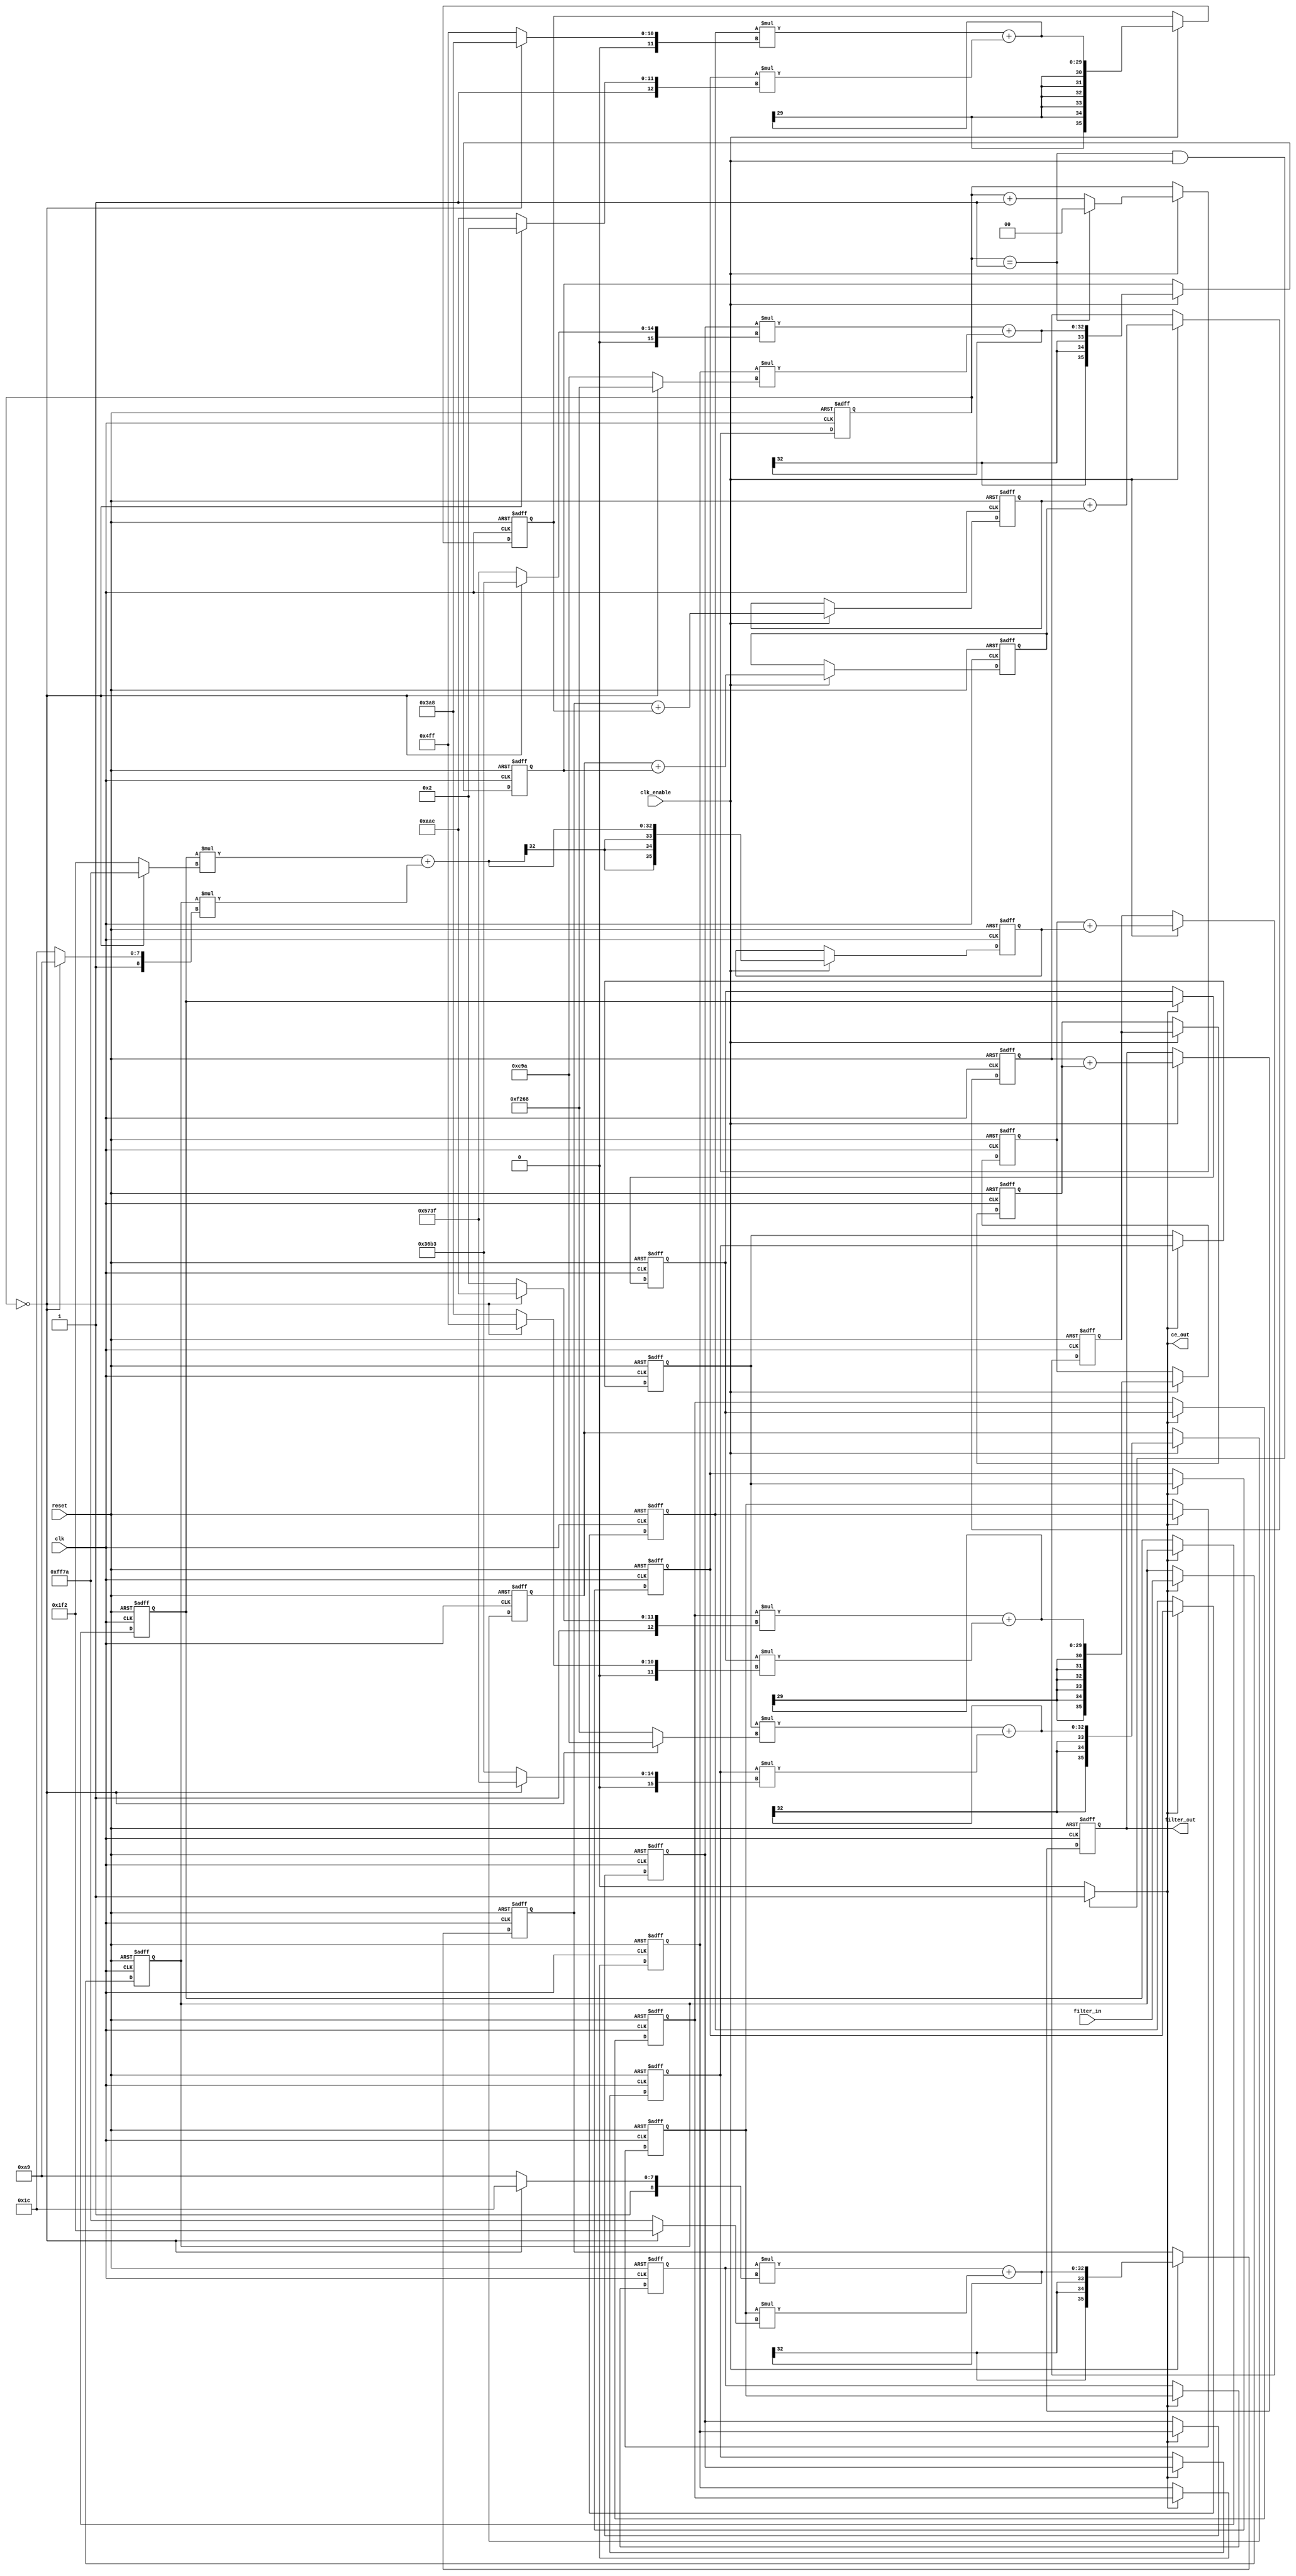
// -------------------------------------------------------------
//
// Module: fir_interp
// Generated by MATLAB(R) 9.0 and the Filter Design HDL Coder 3.0.
// Generated on: 2016-07-05 15:54:12
// -------------------------------------------------------------

// -------------------------------------------------------------
// HDL Code Generation Options:
//
// FIRAdderStyle: tree
// OptimizeForHDL: on
// EDAScriptGeneration: off
// AddPipelineRegisters: on
// Name: fir_interp
// TargetLanguage: Verilog
// TestBenchName: fo_copy_tb
// TestBenchStimulus: step ramp chirp noise
// GenerateHDLTestBench: off

// -------------------------------------------------------------
// HDL Implementation    : Fully parallel
// Multipliers           : 12
// Folding Factor        : 1
// -------------------------------------------------------------
// Filter Settings:
//
// Discrete-Time FIR Multirate Filter (real)
// -----------------------------------------
// Filter Structure      : Direct-Form FIR Polyphase Interpolator
// Interpolation Factor  : 2
// Polyphase Length      : 12
// Filter Length         : 24
// Stable                : Yes
// Linear Phase          : Yes (Type 2)
//
// Arithmetic            : fixed
// Numerator             : s16,15 -> [-1 1)
// -------------------------------------------------------------

`timescale 1 ns / 1 ns

module fir_interp (
  input  clk,
  input  clk_enable,
  input  reset,
  input  signed [15:0] filter_in, //sfix16_En15
  output signed [35:0] filter_out, //sfix36_En30
  output ce_out
);

////////////////////////////////////////////////////////////////
//Module Architecture: fir_interp
////////////////////////////////////////////////////////////////
  // Local Functions
  // Type Definitions
  // Constants
  parameter signed [15:0] coeffphase1_1 = 16'b1111111110101001; //sfix16_En15
  parameter signed [15:0] coeffphase1_2 = 16'b1111111101111010; //sfix16_En15
  parameter signed [15:0] coeffphase1_3 = 16'b0000010011111111; //sfix16_En15
  parameter signed [15:0] coeffphase1_4 = 16'b1111101010101110; //sfix16_En15
  parameter signed [15:0] coeffphase1_5 = 16'b1111001001101000; //sfix16_En15
  parameter signed [15:0] coeffphase1_6 = 16'b0011011010110011; //sfix16_En15
  parameter signed [15:0] coeffphase1_7 = 16'b0101011100111111; //sfix16_En15
  parameter signed [15:0] coeffphase1_8 = 16'b0000110010011010; //sfix16_En15
  parameter signed [15:0] coeffphase1_9 = 16'b1111000000000010; //sfix16_En15
  parameter signed [15:0] coeffphase1_10 = 16'b0000001110101000; //sfix16_En15
  parameter signed [15:0] coeffphase1_11 = 16'b0000000111110010; //sfix16_En15
  parameter signed [15:0] coeffphase1_12 = 16'b1111111100011100; //sfix16_En15
  parameter signed [15:0] coeffphase2_1 = 16'b1111111100011100; //sfix16_En15
  parameter signed [15:0] coeffphase2_2 = 16'b0000000111110010; //sfix16_En15
  parameter signed [15:0] coeffphase2_3 = 16'b0000001110101000; //sfix16_En15
  parameter signed [15:0] coeffphase2_4 = 16'b1111000000000010; //sfix16_En15
  parameter signed [15:0] coeffphase2_5 = 16'b0000110010011010; //sfix16_En15
  parameter signed [15:0] coeffphase2_6 = 16'b0101011100111111; //sfix16_En15
  parameter signed [15:0] coeffphase2_7 = 16'b0011011010110011; //sfix16_En15
  parameter signed [15:0] coeffphase2_8 = 16'b1111001001101000; //sfix16_En15
  parameter signed [15:0] coeffphase2_9 = 16'b1111101010101110; //sfix16_En15
  parameter signed [15:0] coeffphase2_10 = 16'b0000010011111111; //sfix16_En15
  parameter signed [15:0] coeffphase2_11 = 16'b1111111101111010; //sfix16_En15
  parameter signed [15:0] coeffphase2_12 = 16'b1111111110101001; //sfix16_En15

  // Signals
  reg  [1:0] cur_count = 0; // ufix2
  wire phase_1; // boolean
  reg  signed [15:0] delay_pipeline [0:11]; // sfix16_En15
  wire signed [31:0] product; // sfix32_En30
  wire signed [15:0] product_mux; // sfix16_En15
  wire signed [31:0] product_1; // sfix32_En30
  wire signed [15:0] product_mux_1; // sfix16_En15
  wire signed [31:0] product_2; // sfix32_En30
  wire signed [15:0] product_mux_2; // sfix16_En15
  wire signed [31:0] product_3; // sfix32_En30
  wire signed [15:0] product_mux_3; // sfix16_En15
  wire signed [31:0] product_4; // sfix32_En30
  wire signed [15:0] product_mux_4; // sfix16_En15
  wire signed [31:0] product_5; // sfix32_En30
  wire signed [15:0] product_mux_5; // sfix16_En15
  wire signed [31:0] product_6; // sfix32_En30
  wire signed [15:0] product_mux_6; // sfix16_En15
  wire signed [31:0] product_7; // sfix32_En30
  wire signed [15:0] product_mux_7; // sfix16_En15
  wire signed [31:0] product_8; // sfix32_En30
  wire signed [15:0] product_mux_8; // sfix16_En15
  wire signed [31:0] product_9; // sfix32_En30
  wire signed [15:0] product_mux_9; // sfix16_En15
  wire signed [31:0] product_10; // sfix32_En30
  wire signed [15:0] product_mux_10; // sfix16_En15
  wire signed [31:0] product_11; // sfix32_En30
  wire signed [15:0] product_mux_11; // sfix16_En15
  wire signed [35:0] sumvector1 [0:5] ; // sfix36_En30
  wire signed [31:0] add_signext; // sfix32_En30
  wire signed [31:0] add_signext_1; // sfix32_En30
  wire signed [32:0] add_temp; // sfix33_En30
  wire signed [31:0] add_signext_2; // sfix32_En30
  wire signed [31:0] add_signext_3; // sfix32_En30
  wire signed [32:0] add_temp_1; // sfix33_En30
  wire signed [31:0] add_signext_4; // sfix32_En30
  wire signed [31:0] add_signext_5; // sfix32_En30
  wire signed [32:0] add_temp_2; // sfix33_En30
  wire signed [31:0] add_signext_6; // sfix32_En30
  wire signed [31:0] add_signext_7; // sfix32_En30
  wire signed [32:0] add_temp_3; // sfix33_En30
  wire signed [31:0] add_signext_8; // sfix32_En30
  wire signed [31:0] add_signext_9; // sfix32_En30
  wire signed [32:0] add_temp_4; // sfix33_En30
  wire signed [31:0] add_signext_10; // sfix32_En30
  wire signed [31:0] add_signext_11; // sfix32_En30
  wire signed [32:0] add_temp_5; // sfix33_En30
  reg  signed [35:0] sumdelay_pipeline1 [0:5]; // sfix36_En30
  wire signed [35:0] sumvector2 [0:2] ; // sfix36_En30
  wire signed [35:0] add_signext_12; // sfix36_En30
  wire signed [35:0] add_signext_13; // sfix36_En30
  wire signed [36:0] add_temp_6; // sfix37_En30
  wire signed [35:0] add_signext_14; // sfix36_En30
  wire signed [35:0] add_signext_15; // sfix36_En30
  wire signed [36:0] add_temp_7; // sfix37_En30
  wire signed [35:0] add_signext_16; // sfix36_En30
  wire signed [35:0] add_signext_17; // sfix36_En30
  wire signed [36:0] add_temp_8; // sfix37_En30
  reg  signed [35:0] sumdelay_pipeline2 [0:2]; // sfix36_En30
  wire signed [35:0] sumvector3 [0:1] ; // sfix36_En30
  wire signed [35:0] add_signext_18; // sfix36_En30
  wire signed [35:0] add_signext_19; // sfix36_En30
  wire signed [36:0] add_temp_9; // sfix37_En30
  reg  signed [35:0] sumdelay_pipeline3 [0:1]; // sfix36_En30
  wire signed [35:0] sum4; // sfix36_En30
  wire signed [35:0] add_signext_20; // sfix36_En30
  wire signed [35:0] add_signext_21; // sfix36_En30
  wire signed [36:0] add_temp_10; // sfix37_En30
  reg  signed [35:0] output_register = 0; // sfix36_En30

  // Block Statements
  always @ (posedge clk or posedge reset)
    begin: ce_output
      if (reset == 1'b1) begin
        cur_count <= 2'b00;
      end
      else begin
        if (clk_enable == 1'b1) begin
          if (cur_count == 2'b01) begin
            cur_count <= 2'b00;
          end
          else begin
            cur_count <= cur_count + 1;
          end
        end
      end
    end // ce_output

  assign  phase_1 = (cur_count == 2'b01 && clk_enable == 1'b1)? 1 : 0;

  //   ---------------- Delay Registers ----------------

  always @( posedge clk or posedge reset)
    begin: Delay_Pipeline_process
      if (reset == 1'b1) begin
        delay_pipeline[0] <= 0;
        delay_pipeline[1] <= 0;
        delay_pipeline[2] <= 0;
        delay_pipeline[3] <= 0;
        delay_pipeline[4] <= 0;
        delay_pipeline[5] <= 0;
        delay_pipeline[6] <= 0;
        delay_pipeline[7] <= 0;
        delay_pipeline[8] <= 0;
        delay_pipeline[9] <= 0;
        delay_pipeline[10] <= 0;
        delay_pipeline[11] <= 0;
      end
      else begin
        if (phase_1 == 1'b1) begin
          delay_pipeline[0] <= filter_in;
          delay_pipeline[1] <= delay_pipeline[0];
          delay_pipeline[2] <= delay_pipeline[1];
          delay_pipeline[3] <= delay_pipeline[2];
          delay_pipeline[4] <= delay_pipeline[3];
          delay_pipeline[5] <= delay_pipeline[4];
          delay_pipeline[6] <= delay_pipeline[5];
          delay_pipeline[7] <= delay_pipeline[6];
          delay_pipeline[8] <= delay_pipeline[7];
          delay_pipeline[9] <= delay_pipeline[8];
          delay_pipeline[10] <= delay_pipeline[9];
          delay_pipeline[11] <= delay_pipeline[10];
        end
      end
    end // Delay_Pipeline_process

  assign product_mux = (cur_count == 2'b00) ? coeffphase1_12 :
                      coeffphase2_12;
  assign product = delay_pipeline[11] * product_mux;

  assign product_mux_1 = (cur_count == 2'b00) ? coeffphase1_11 :
                        coeffphase2_11;
  assign product_1 = delay_pipeline[10] * product_mux_1;

  assign product_mux_2 = (cur_count == 2'b00) ? coeffphase1_10 :
                        coeffphase2_10;
  assign product_2 = delay_pipeline[9] * product_mux_2;

  assign product_mux_3 = (cur_count == 2'b00) ? coeffphase1_9 :
                        coeffphase2_9;
  assign product_3 = delay_pipeline[8] * product_mux_3;

  assign product_mux_4 = (cur_count == 2'b00) ? coeffphase1_8 :
                        coeffphase2_8;
  assign product_4 = delay_pipeline[7] * product_mux_4;

  assign product_mux_5 = (cur_count == 2'b00) ? coeffphase1_7 :
                        coeffphase2_7;
  assign product_5 = delay_pipeline[6] * product_mux_5;

  assign product_mux_6 = (cur_count == 2'b00) ? coeffphase1_6 :
                        coeffphase2_6;
  assign product_6 = delay_pipeline[5] * product_mux_6;

  assign product_mux_7 = (cur_count == 2'b00) ? coeffphase1_5 :
                        coeffphase2_5;
  assign product_7 = delay_pipeline[4] * product_mux_7;

  assign product_mux_8 = (cur_count == 2'b00) ? coeffphase1_4 :
                        coeffphase2_4;
  assign product_8 = delay_pipeline[3] * product_mux_8;

  assign product_mux_9 = (cur_count == 2'b00) ? coeffphase1_3 :
                        coeffphase2_3;
  assign product_9 = delay_pipeline[2] * product_mux_9;

  assign product_mux_10 = (cur_count == 2'b00) ? coeffphase1_2 :
                         coeffphase2_2;
  assign product_10 = delay_pipeline[1] * product_mux_10;

  assign product_mux_11 = (cur_count == 2'b00) ? coeffphase1_1 :
                         coeffphase2_1;
  assign product_11 = delay_pipeline[0] * product_mux_11;

  assign add_signext = product;
  assign add_signext_1 = product_1;
  assign add_temp = add_signext + add_signext_1;
  assign sumvector1[0] = $signed({{3{add_temp[32]}}, add_temp});

  assign add_signext_2 = product_2;
  assign add_signext_3 = product_3;
  assign add_temp_1 = add_signext_2 + add_signext_3;
  assign sumvector1[1] = $signed({{3{add_temp_1[32]}}, add_temp_1});

  assign add_signext_4 = product_4;
  assign add_signext_5 = product_5;
  assign add_temp_2 = add_signext_4 + add_signext_5;
  assign sumvector1[2] = $signed({{3{add_temp_2[32]}}, add_temp_2});

  assign add_signext_6 = product_6;
  assign add_signext_7 = product_7;
  assign add_temp_3 = add_signext_6 + add_signext_7;
  assign sumvector1[3] = $signed({{3{add_temp_3[32]}}, add_temp_3});

  assign add_signext_8 = product_8;
  assign add_signext_9 = product_9;
  assign add_temp_4 = add_signext_8 + add_signext_9;
  assign sumvector1[4] = $signed({{3{add_temp_4[32]}}, add_temp_4});

  assign add_signext_10 = product_10;
  assign add_signext_11 = product_11;
  assign add_temp_5 = add_signext_10 + add_signext_11;
  assign sumvector1[5] = $signed({{3{add_temp_5[32]}}, add_temp_5});

  always @ (posedge clk or posedge reset)
    begin: sumdelay_pipeline_process1
      if (reset == 1'b1) begin
        sumdelay_pipeline1[0] <= 0;
        sumdelay_pipeline1[1] <= 0;
        sumdelay_pipeline1[2] <= 0;
        sumdelay_pipeline1[3] <= 0;
        sumdelay_pipeline1[4] <= 0;
        sumdelay_pipeline1[5] <= 0;
      end
      else begin
        if (clk_enable == 1'b1) begin
          sumdelay_pipeline1[0] <= sumvector1[0];
          sumdelay_pipeline1[1] <= sumvector1[1];
          sumdelay_pipeline1[2] <= sumvector1[2];
          sumdelay_pipeline1[3] <= sumvector1[3];
          sumdelay_pipeline1[4] <= sumvector1[4];
          sumdelay_pipeline1[5] <= sumvector1[5];
        end
      end
    end // sumdelay_pipeline_process1

  assign add_signext_12 = sumdelay_pipeline1[0];
  assign add_signext_13 = sumdelay_pipeline1[1];
  assign add_temp_6 = add_signext_12 + add_signext_13;
  assign sumvector2[0] = add_temp_6[35:0];

  assign add_signext_14 = sumdelay_pipeline1[2];
  assign add_signext_15 = sumdelay_pipeline1[3];
  assign add_temp_7 = add_signext_14 + add_signext_15;
  assign sumvector2[1] = add_temp_7[35:0];

  assign add_signext_16 = sumdelay_pipeline1[4];
  assign add_signext_17 = sumdelay_pipeline1[5];
  assign add_temp_8 = add_signext_16 + add_signext_17;
  assign sumvector2[2] = add_temp_8[35:0];

  always @ (posedge clk or posedge reset)
    begin: sumdelay_pipeline_process2
      if (reset == 1'b1) begin
        sumdelay_pipeline2[0] <= 0;
        sumdelay_pipeline2[1] <= 0;
        sumdelay_pipeline2[2] <= 0;
      end
      else begin
        if (clk_enable == 1'b1) begin
          sumdelay_pipeline2[0] <= sumvector2[0];
          sumdelay_pipeline2[1] <= sumvector2[1];
          sumdelay_pipeline2[2] <= sumvector2[2];
        end
      end
    end // sumdelay_pipeline_process2

  assign add_signext_18 = sumdelay_pipeline2[0];
  assign add_signext_19 = sumdelay_pipeline2[1];
  assign add_temp_9 = add_signext_18 + add_signext_19;
  assign sumvector3[0] = add_temp_9[35:0];

  assign sumvector3[1] = sumdelay_pipeline2[2];

  always @ (posedge clk or posedge reset)
    begin: sumdelay_pipeline_process3
      if (reset == 1'b1) begin
        sumdelay_pipeline3[0] <= 0;
        sumdelay_pipeline3[1] <= 0;
      end
      else begin
        if (clk_enable == 1'b1) begin
          sumdelay_pipeline3[0] <= sumvector3[0];
          sumdelay_pipeline3[1] <= sumvector3[1];
        end
      end
    end // sumdelay_pipeline_process3

  assign add_signext_20 = sumdelay_pipeline3[0];
  assign add_signext_21 = sumdelay_pipeline3[1];
  assign add_temp_10 = add_signext_20 + add_signext_21;
  assign sum4 = add_temp_10[35:0];

  always @ (posedge clk or posedge reset)
    begin: Output_Register_process
      if (reset == 1'b1) begin
        output_register <= 0;
      end
      else begin
        if (clk_enable == 1'b1) begin
          output_register <= sum4;
        end
      end
    end // Output_Register_process

  // Assignment Statements
  assign ce_out = phase_1;
  assign filter_out = output_register;
endmodule